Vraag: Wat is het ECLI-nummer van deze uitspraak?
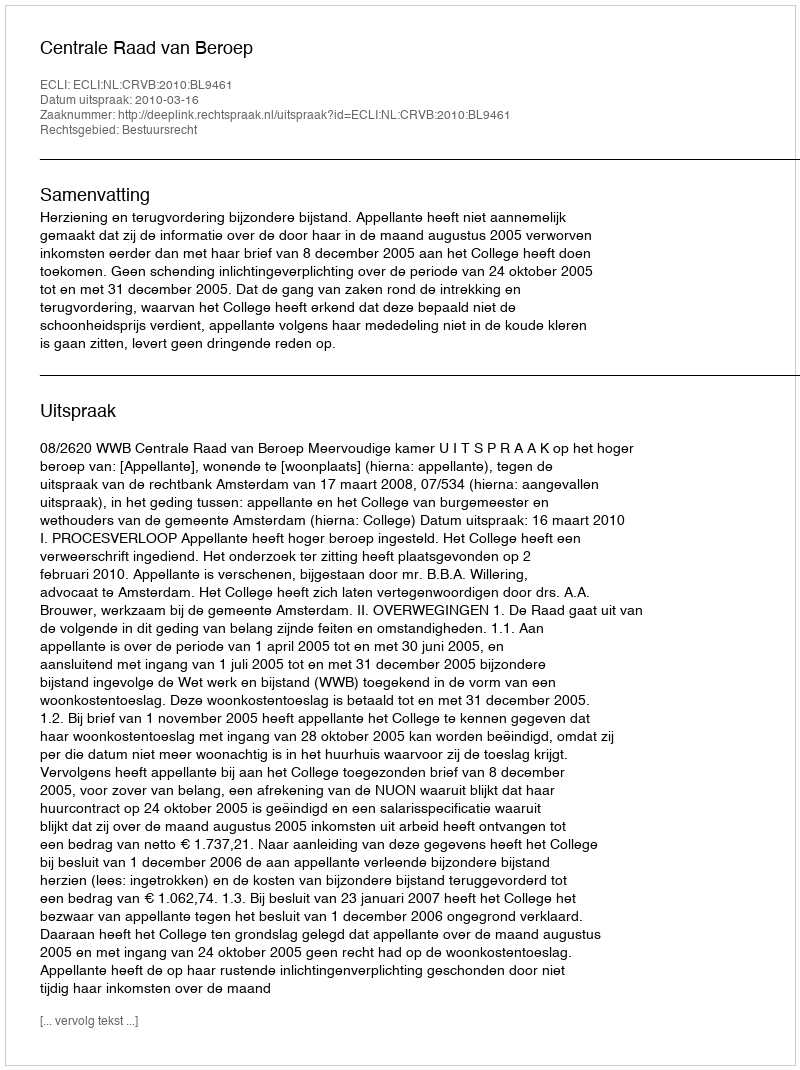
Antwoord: ECLI:NL:CRVB:2010:BL9461